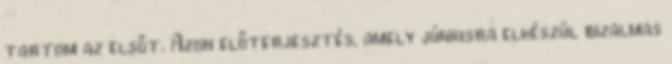
tartom az elsőt. Azon előterjesztés, amely júniusra elkészül bizalmas